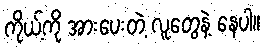
ကိုယ့်ကို အားပေးတဲ့ လူတွေနဲ့ နေပါ။